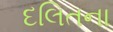
દલિતના